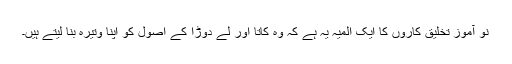
نو آموز تخلیق کاروں کا ایک المیہ یہ ہے کہ وہ کاتا اور لے دوڑا کے اصول کو اپنا وتیرہ بنا لیتے ہیں۔